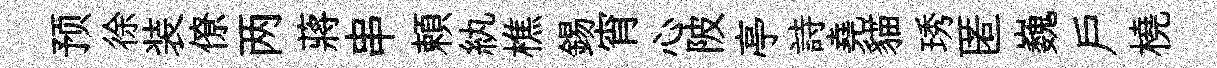
预徐装僚两蔣串頼紈樵錫宵心陂亭詩堯貓琇匿巍戸橈